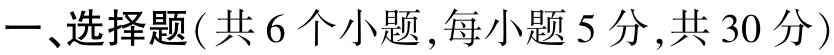
一、选择题(共 6 个小题,每小题 5 分,共 30 分)